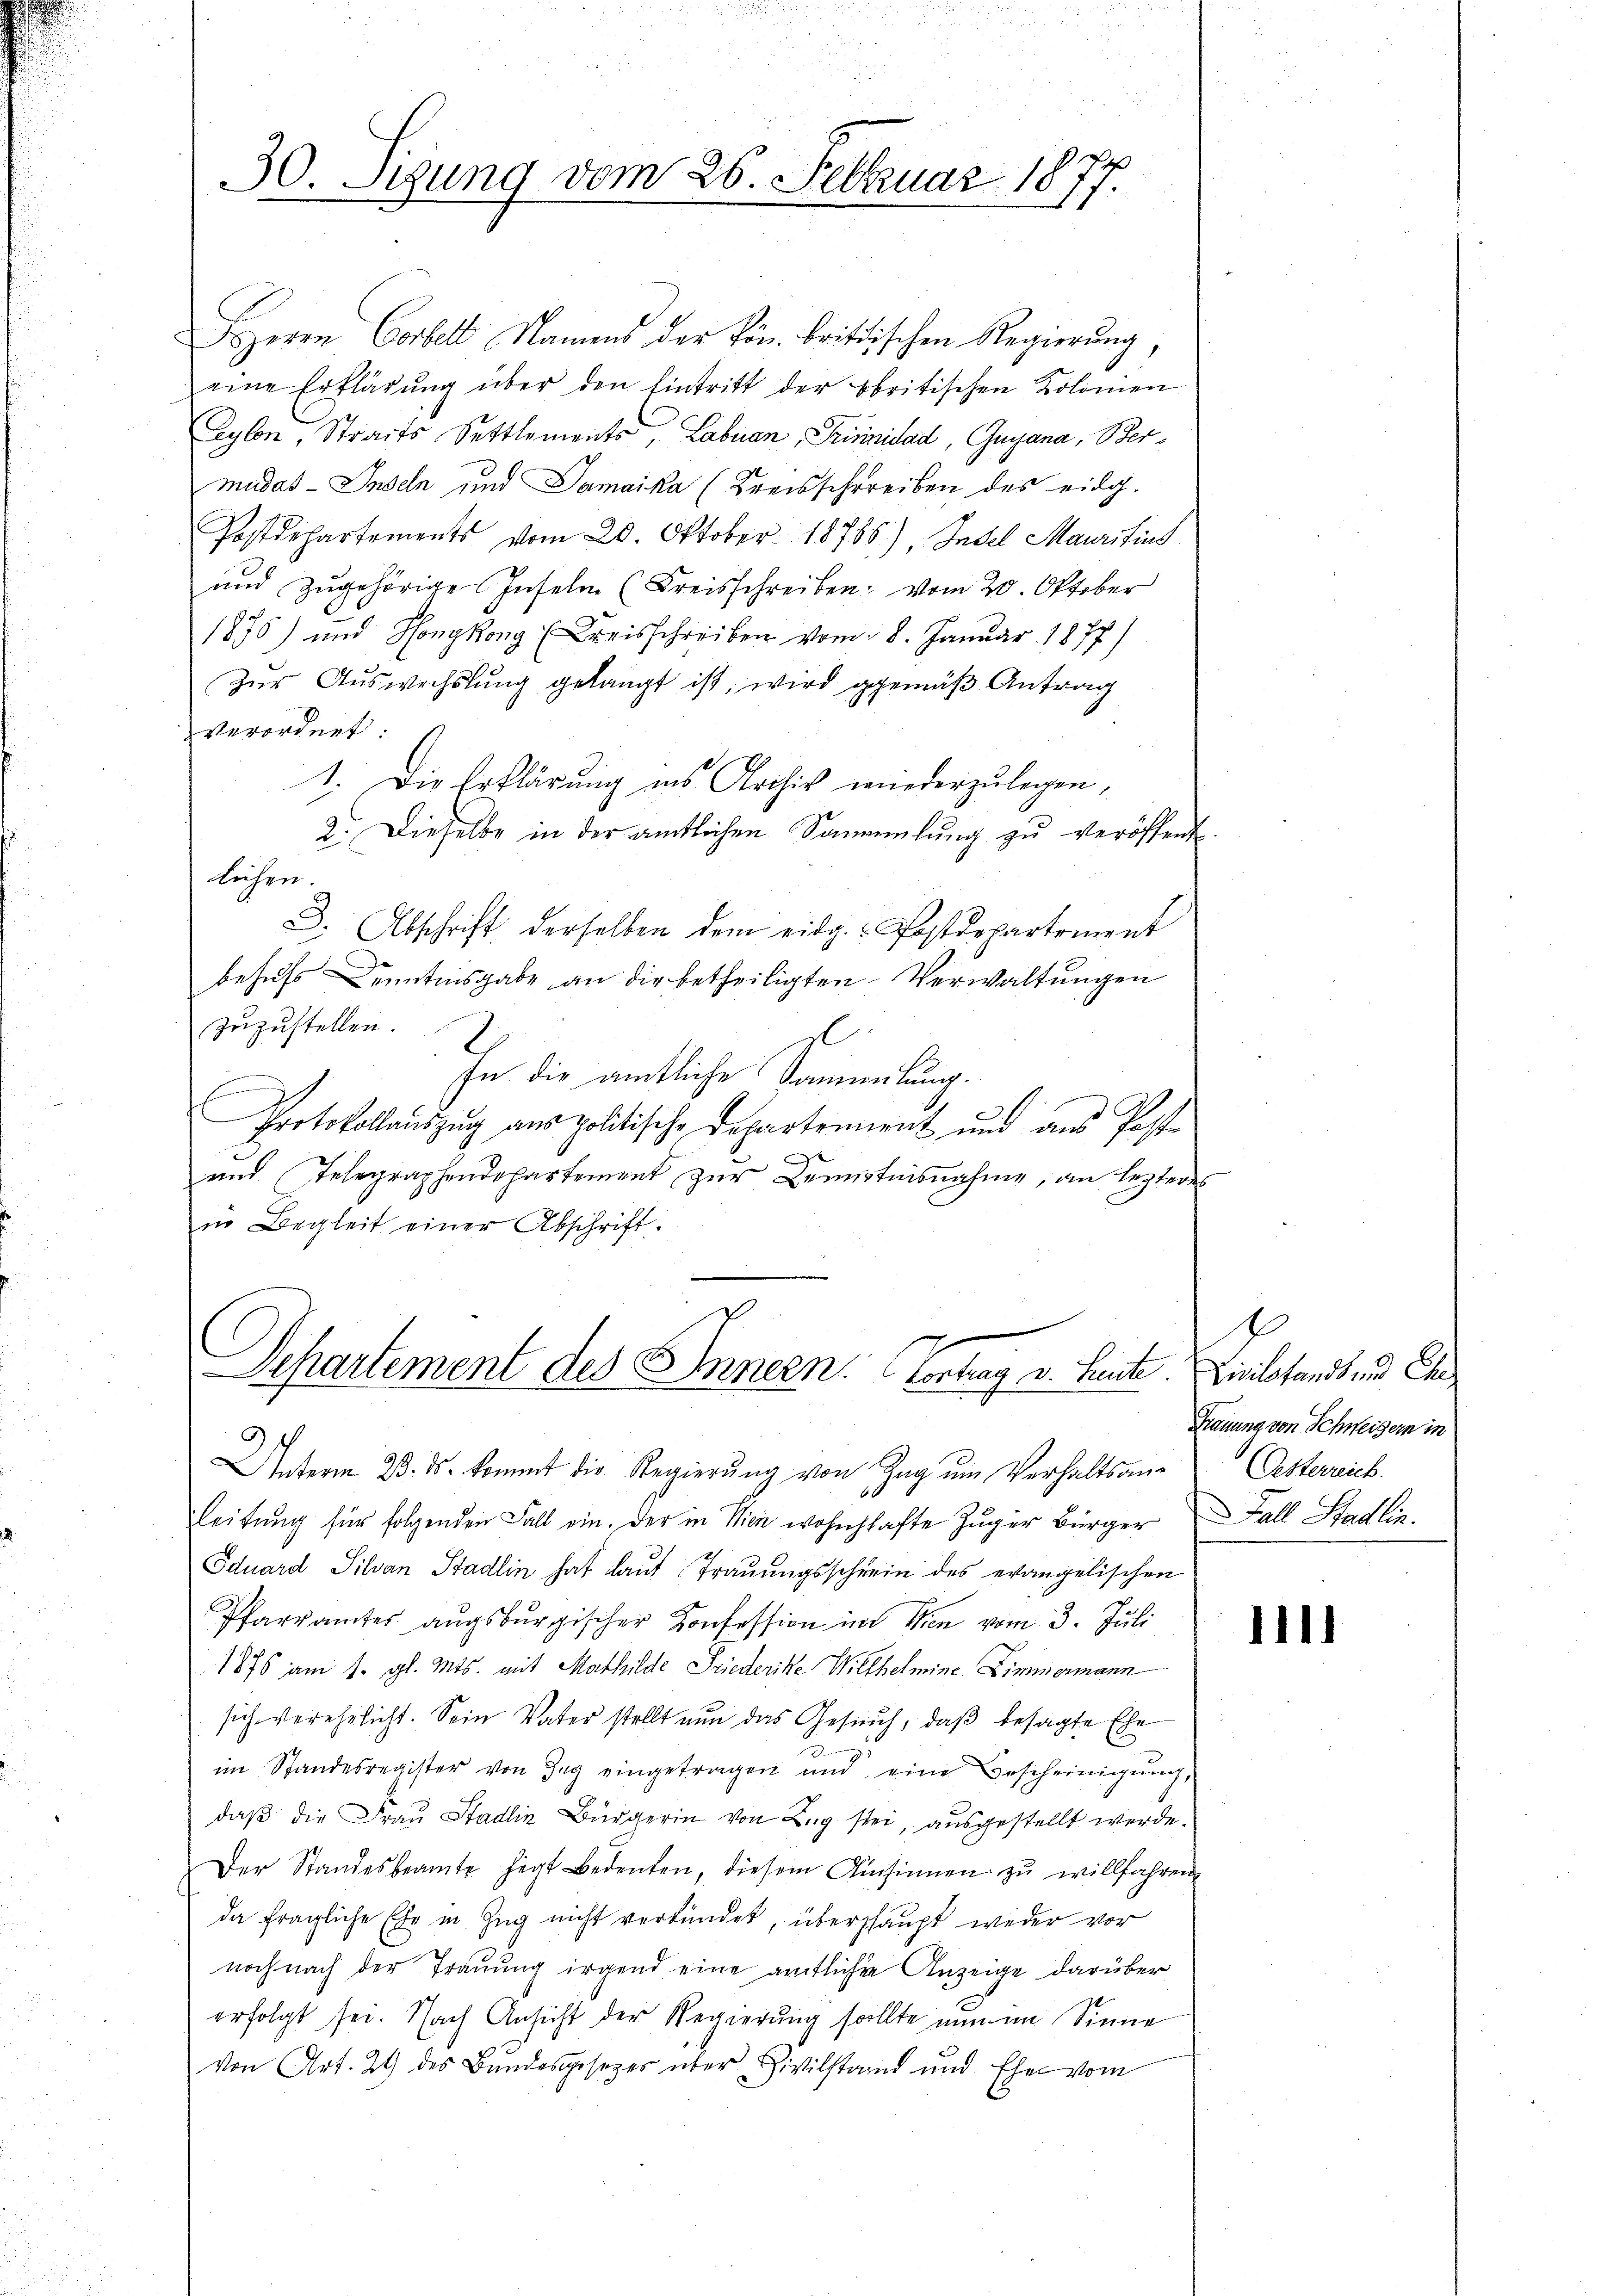
30. Stung vom 26. Februar 1877.

HHerrn Corbelt Namens der kön. britischen Regierung,
eine Erklärŭng über den Eintritt der obritischen Kolonien
Eylon, Straits Settlements, Labuan, Trinidad, Guyana, Bermudas Inseln und Samaika (Kreisschreiben des eidg.
Postdepartements vom 20. Oktober 18788), Indel Maurifins
und zugehörige Inselm (Kreisschreiben: vom 20. Oktober
1875) und Hongkong (Kreisschreiben vom 18. Januar 1877)
Zur Auswechslung gelangt ist, wird gemäß Antrag
verordnet:
1. Die Erklärung ins Archiv wiederzulegen,
2. Dieselbe in der amtlichen Sammlung zu veröffent
Lehen.
3. Abschrift derselben dem eidg. Postdepartement
behufs Kenntnisgabe an die betheiligten Verwaltungen
zuzustellen.
g
In die amtliche Sanenlung.
E
C
Protokollauszug aus politische Departement und aus Poste
und Telegraphendepartement zŭr Bemertnisnahme, an lezteres
in Begleit einer Abschrift.

Departement des Innern. Contrag v. Heute. Dielstandtend Che

Unterm 23. ds. kommt die Regierung von Zug um Verhaltsan-Oesterrich.
Leitung für folgenden Fall ein. Der in Wien wohnhafte Zuger Bürger Fall Stadlin.
Eduard Silvan Stadlin hat laut Trauungsschrein des evangelischen
Pfarramtes augsburgischer Konfession im Wien vom 3. Juli
1876 am 1. gl. Mts. mit Mathilde Friederike Willhelmine Zimmermann
sich verehelicht. Sein Vater stellt nun das Gesuch, daß besagte Ehe

im Standesregister von Zug eingetragen und eine Bescheinigung,
daβ die Frau Stadlin Bürgerin von Zug sei, ausgestellt werde.
Der Standesbeamte hegt bedenten, diesem Ansinnen zŭ willfahren
da fragliche Ehr in Zug nicht verkündet, übershaupt weder vor
noch nach der Trauung irgend eine amtliche Anzeige darüber
erfolgt sei. Nach Ansicht der Regierung sollte nun im Sinne
von Art. 29 des Bundesgesezer über Zivilstand und Ehe vom

E
Trauung von Schweizern in

1111